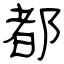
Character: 都